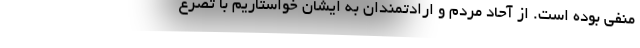
منفی بوده است. از آحاد مردم و ارادتمندان به ایشان خواستاریم با تضرع